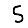
Digit: 5